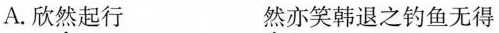
A.欣然起行 然亦笑韩退之钓鱼无得